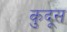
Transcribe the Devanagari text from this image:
कुदूस